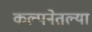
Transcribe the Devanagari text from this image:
कल्पनेतल्या